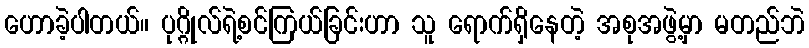
ဟောခဲ့ပါတယ်။ ပုဂ္ဂိုလ်ရဲ့စင်ကြယ်ခြင်းဟာ သူ ရောက်ရှိနေတဲ့ အစုအဖွဲ့မှာ မတည်ဘဲ